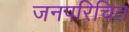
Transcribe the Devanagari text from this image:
जनपरिचित